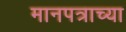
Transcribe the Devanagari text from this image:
मानपत्राच्या